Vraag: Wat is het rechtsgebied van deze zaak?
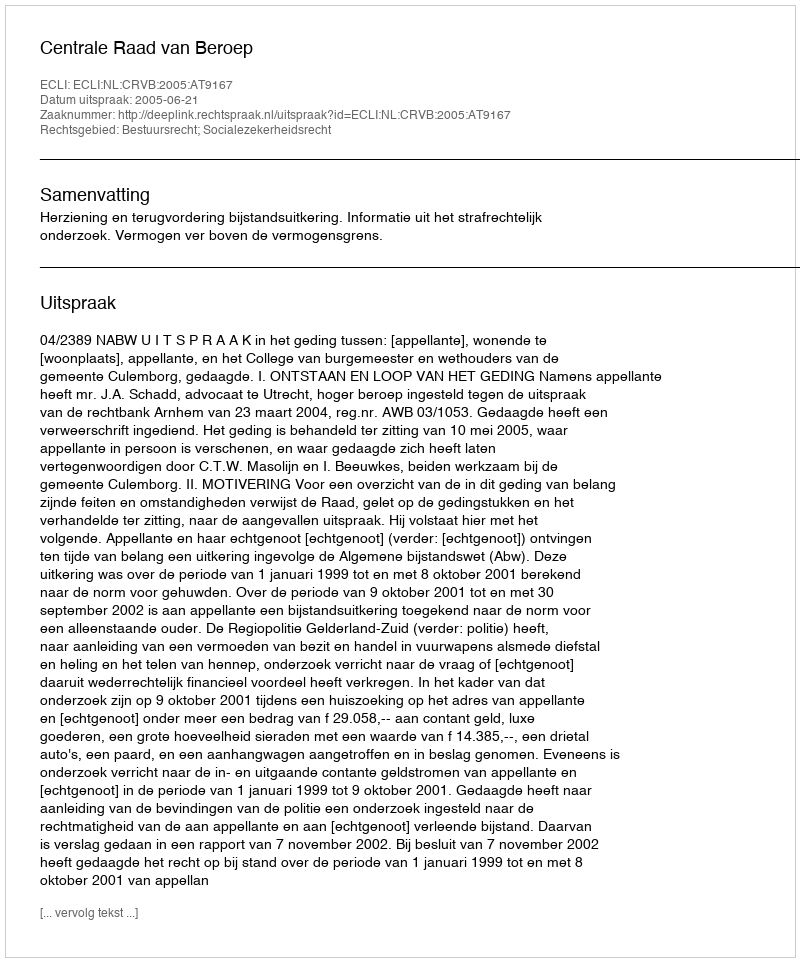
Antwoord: Bestuursrecht; Socialezekerheidsrecht